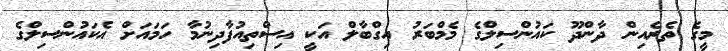
މީގެ ތެރެއިން ދާންދޫ ކައުންސިލްގެ މެމްބަރު އިގްބާލް އަކީ އިސްތިއުފާދިނުމާ ހަމައަށް އެކައުންސިލްގެ